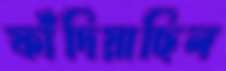
ফাঁদিয়াছিল